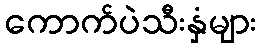
ကောက်ပဲသီးနှံများ